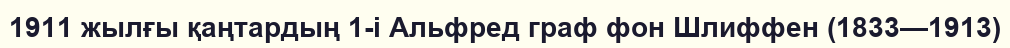
1911 жылғы қаңтардың 1-і Альфред граф фон Шлиффен (1833—1913)